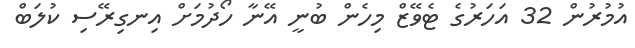
އުމުރުން 32 އަހަރުގެ ޓެވޭޒް މިހެން ބުނީ އޭނާ ހޯދުމަށް އިނގިރޭސި ކުލަބް